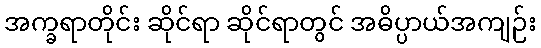
အက္ခရာတိုင်း ဆိုင်ရာ ဆိုင်ရာတွင် အဓိပ္ပာယ်အကျဉ်း